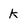
Character: K